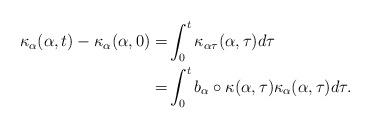
LaTeX: \begin{align*}\kappa_{\alpha}(\alpha,t)-\kappa_{\alpha}(\alpha,0)=&\int_0^t \kappa_{\alpha \tau}(\alpha,\tau)d\tau\\=& \int_0^t b_{\alpha}\circ\kappa(\alpha,\tau) \kappa_{\alpha}(\alpha,\tau)d\tau.\end{align*}